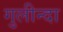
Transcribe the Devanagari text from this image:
गुलीन्दा